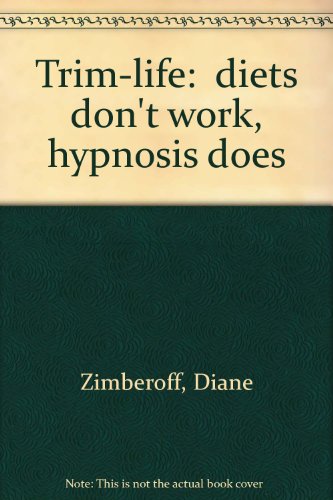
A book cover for Trim-life: "diets don't work, hypnosis does"; Diane Zimberoff; Health, Fitness & Dieting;